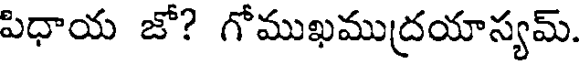
పిధాయ జో? గోముఖముద్రయాస్యమ్.